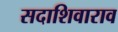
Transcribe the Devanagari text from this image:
सदाशिवाराव